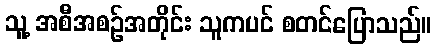
သူ့ အစီအစဉ်အတိုင်း သူကပင် စတင်ပြောသည်။